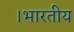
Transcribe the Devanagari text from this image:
।भारतीय